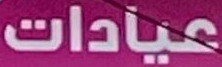
عيادات